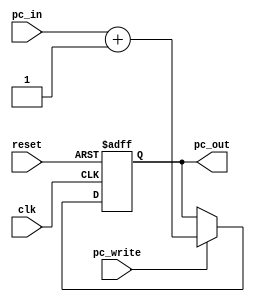
module ProgramCounter (
  input wire clk,
  input wire reset,
  input wire pc_write,
  input wire [15:0] pc_in,
  output reg [15:0] pc_out
);
  always @(posedge clk or posedge reset) begin
    if (reset) begin
      pc_out <= 16'b0;
    end else if (pc_write) begin
      pc_out <= pc_in + 1; // Increment PC when pc_write is high
    end
  end
endmodule